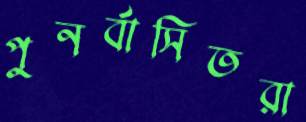
পুনর্বাসিতরা